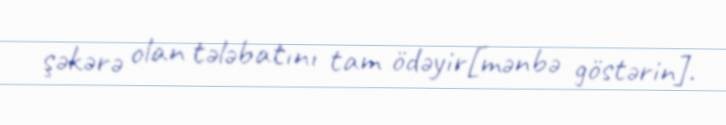
şəkərə olan tələbatını tam ödəyir[mənbə göstərin].